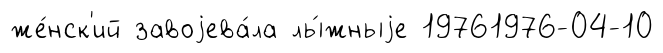
же́нск'ий завоjева́ла лы́жныjе 19761976-04-10